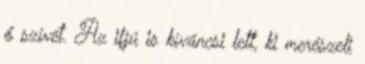
ő szívét. Az ifjú is kíváncsi lett, ki merészeli